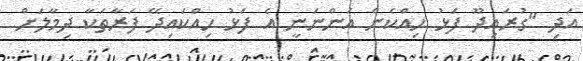
އަދި "ގުރައިދޫ ފަޅު ހިއްކެން އަންނަނީ އެ ފަޅު ހިއްކައިދޭ ފަރާތަކާ ދިމާލަށް